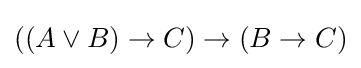
((A\lor B)\to C)\to (B\to C)